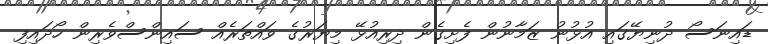
ޑައިނަސޯ ދުނިޔޭގައި އުޅުނު ޒަމާނުން ފެށިގެން ދިރިއުޅޭ މިޔަރުގެ ވައްތަރެއް ސައިންސްވެރިން ހޯދައިފި